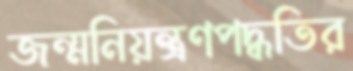
জন্মনিয়ন্ত্রণপদ্ধতির